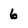
Character: 6